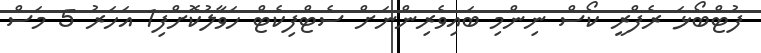
ފުޓްބޯޅަ ރެފްރީ ކޯސް ނިންމި ބައިވެރިންނަށް ސެޓްފިކެޓް ހަވާލުކޮށްފި1 އަހަރު 5 މަސް